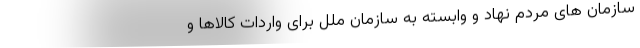
سازمان های مردم نهاد و وابسته به سازمان ملل برای واردات کالاها و